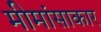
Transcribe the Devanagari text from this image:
मीमांसाकार